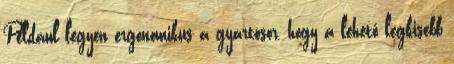
Például legyen ergonomikus a gyártósor, hogy a lehető legkisebb